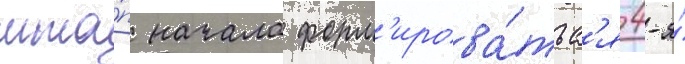
мта́п начала форм'ирова́тьс'я 4-я́